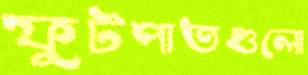
ফুটপাতগুলো